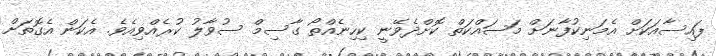
ފައިސާއަކަށް އެމަނިކުފާނަށް މަސައްކަތް ކޮށްދެވޭނީ ކިހިނެއްތޯ ގާސިމް ސުވާލު ކުރެއްވިއެވެ. އެކަން އެގޮތަށް